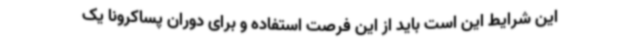
این شرایط این است باید از این فرصت استفاده و برای دوران پساکرونا یک